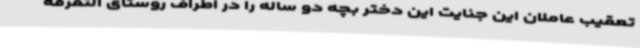
تعقیب عاملان این جنایت این دختر بچه دو ساله را در اطراف روستای التفرقه